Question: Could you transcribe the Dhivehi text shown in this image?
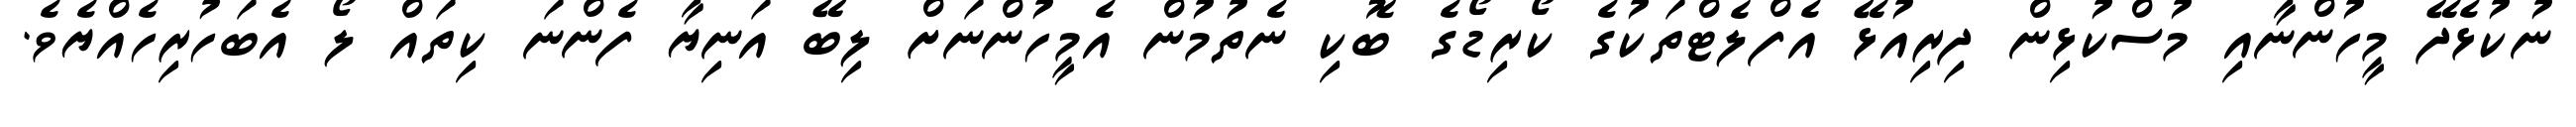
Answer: ނުކުޅެދޭ މީހުންނާއި މުސްކުޅިން ދިރިއުޅޭ އެފްލެޓްތަކުގެ ކޯރިޑޯގެ ބޮކި ނެތުމުން އެމީހުންނަށް ލިބޭ އަނިޔާ ފެންނަ ކިތައް ލޯ އެބަހުރިހެއްޔެވެ.